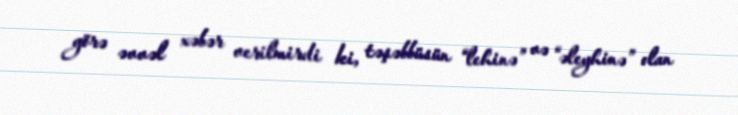
görə əvvəl xəbər verilmirdi ki, təşəbbüsün “lehinə” və “əleyhinə” olan